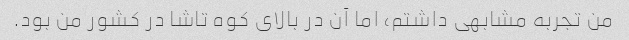
من تجربه مشابهی داشتم، اما آن در بالای کوه تاشا در کشور من بود.